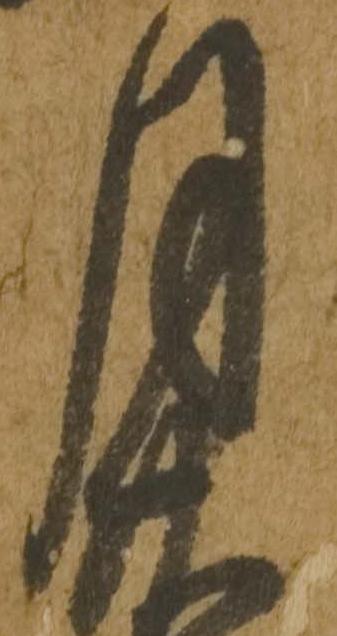
月